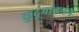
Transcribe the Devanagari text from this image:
कुटुंबाकडेच